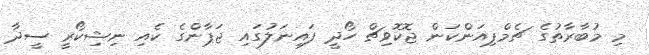
މި މުބާރާތުގެ ޗެމްޕިއަންކަން ޖޮކޮވިޗް ހޯދީ ފައިނަލުގައި ޖަޕާންގެ ކެއި ނިޝިކޯރީ ސީދާ